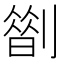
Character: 𠟏